Medical and sanitary report of the native army of Bengal for the year
Year: 1876
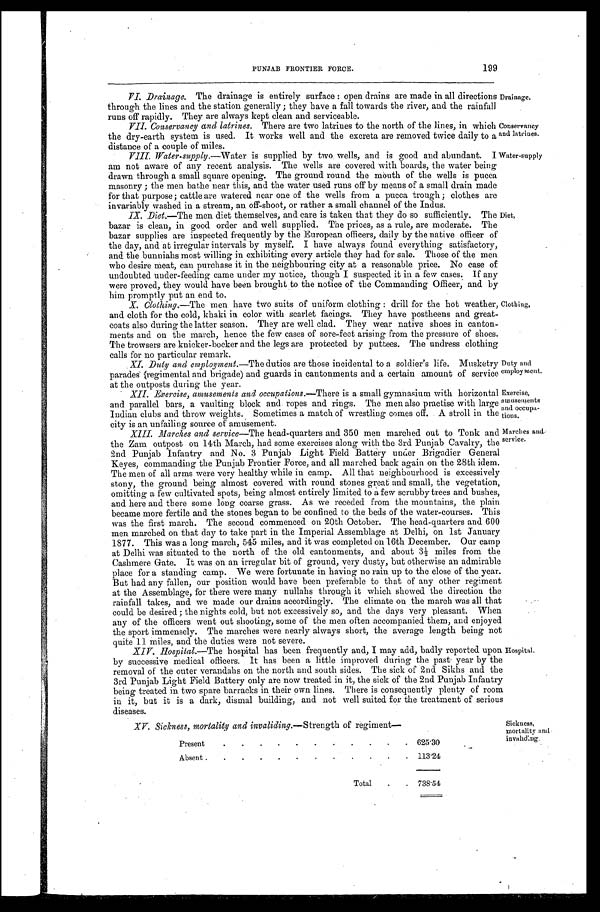
PUNJAB FRONTIER FORCE.
199
VI. Drainage. The drainage is entirely surface: open drains are made in all directions
through the lines and the station generally; they have a fall towards the river, and. the rainfall
runs off rapidly. They are always kept clean and serviceable.
Drainage.
VII. Conservancy and latrines. There are two latrines to the north of the lines, in which
the dry-earth system is used. It works well and the excreta are removed twice daily to a
distance of a couple of miles.
Conservancy
and latrines.
VIII. Water-supply.— Water is supplied by two wells, and is good and abundant. I
am not aware of any recent analysis. The wells are covered with boards, the water being
drawn through a small square opening. The ground round the mouth of the wells is pucca
masonry; the men bathe near this, and the water used runs off by means of a small drain made
for that purpose; cattle are watered near one of the wells from a pucca trough; clothes are
invariably washed in a stream, an off-shoot, or rather a small channel of the Indus.
Water-supply
IX. Diet.—The men diet themselves, and care is taken that they do so sufficiently.
T h e b a z a r i s c l e a n , i n g o o d o r d e r a n d w e l l s u p p l i e d . T h e p r i c e s , a s a r u l e , a r e m o d e r a t e . T h e
bazar supplies are inspected frequently by the European officers, daily by the native officer of
the day, and at irregular intervals by myself. I have always found everything satisfactory,
and the bunniahs most willing in exhibiting every article they had for sale. Those of the men
who desire meat, can purchase it in the neighbouring city at a reasonable price. No case of
undoubted under-feeding came under my notice, though I suspected it in a few cases. If any
were proved, they would have been brought to the notice of the Commanding Officer, and by
him promptly put an end to.
Diet
X. Clothing.—The men have two suits of uniform clothing: drill for the hot weather,
and cloth for the cold, khaki in color with scarlet facings. They have postheens and great
-coats also during the latter season. They are well clad. They wear native shoes in canton-
ments and on the march, hence the few cases of sore-feet arising from the pressure of shoes.
The trowsers are knieker-bocker and the legs are protected by puttees. The undress clothing
calls for no particular remark.
Clothing
XI. Duty and employment.—The duties are those incidental to a soldier's life. Musketry
p a r a d e s ( r e g i m e n t a l a n d b r i g a d e ) a n d g u a r d s i n c a n t o n m e n t s a n d a c e r t a i n a m o u n t o f s e r v i c e
at the outposts during the year.
Duty and
employment.
XII. Exercise, amusements and occupations. —There is a small gymnasium with horizontal
and parallel bars, a vaulting block and ropes and rings. The men also practise with large
Indian clubs and throw weights. Sometimes a match of wrestling comes off. A stroll in the ci
ty is an unfailing source of amusement.
Exercise,
amusements
and occupa-
tions.
XIII Marches and service —The head-quarters and 350 men marched out to Tonk and and
the Zam outpost on 14th March, had some exercises along with the 3rd Punjab Cavalry, the
2nd Punjab Infantry and No. 3 Punjab Light Field Battery under Brigadier General
Keyes, commanding the Punjab Frontier Force, and all marched back again on the 28th idem.
The men of all arms were very healthy while in camp. All that neighbourhood is excessively
stony, the ground being almost covered with round stones great and small, the vegetation,
omitting a few cultivated spots, being almost entirely limited to a few scrubby trees and bushes,
and here and there some long coarse grass. As we receded from the mountains, the plain
became more fertile and the stones began to be confined to the beds of the water-courses. This
was the first march. The second commenced on 20th October. The head-quarters and 600
men marched on that day to take part in the Imperial Assemblage at Delhi, on 1st January
1877. This was a long march, 545 miles, and it was completed on 16th December. Our camp
at Delhi was situated to the north of the old cantonments, and about 3½ miles from the
Cashmere Gate. It was on an irregular bit of ground, very dusty, but otherwise an admirable
place for a standing camp. We were fortunate in having no rain up to the close of the year.
But had any fallen, our position would have been preferable to that of any other regiment
at the Assemblage, for there were many nullahs through it which showed the direction the
rainfall takes, and we made our drains accordingly. The climate on the march was all that
could be desired; the nights cold, but not excessively so, and the days very pleasant. When
any of the officers went out shooting, some of the men often accompanied them, and enjoyed
the sport immensely. The marches were nearly always short, the average length being not
quite 11 miles, and the duties were not severe.
Marches and service.
XIV. Hospital.—The hospital has been frequently and, I may add, badly reported upon
by successive medical officers. It has been a little improved during the past year by the
removal of the outer verandahs on the north and south sides. The sick of 2nd Sikhs and the
3rd Punjab Light Field Battery only are now treated in it, the sick of the 2nd Punjab Infantry
being treated in two spare barracks in their own lines. There is consequently plenty of room
in it, but it is a dark, dismal building, and not well suited for the treatment of serious
diseases.
Hospital.
XV. Sickness, mortality and invaliding.—Strength of regiment—
Sickness,
mortality and
invaliding.
Present
625.30.
Absent
1 1 3 . 2 4
Total
738.54